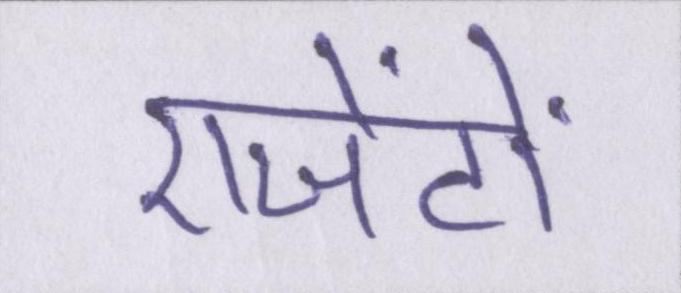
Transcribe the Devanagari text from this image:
एजेंटों